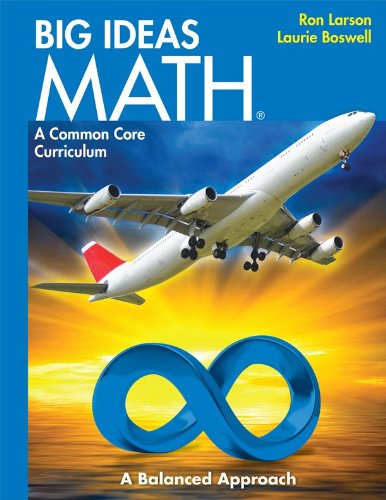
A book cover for BIG IDEAS MATH: Common Core Student Edition Blue 2014; HOUGHTON MIFFLIN HARCOURT; Education & Teaching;